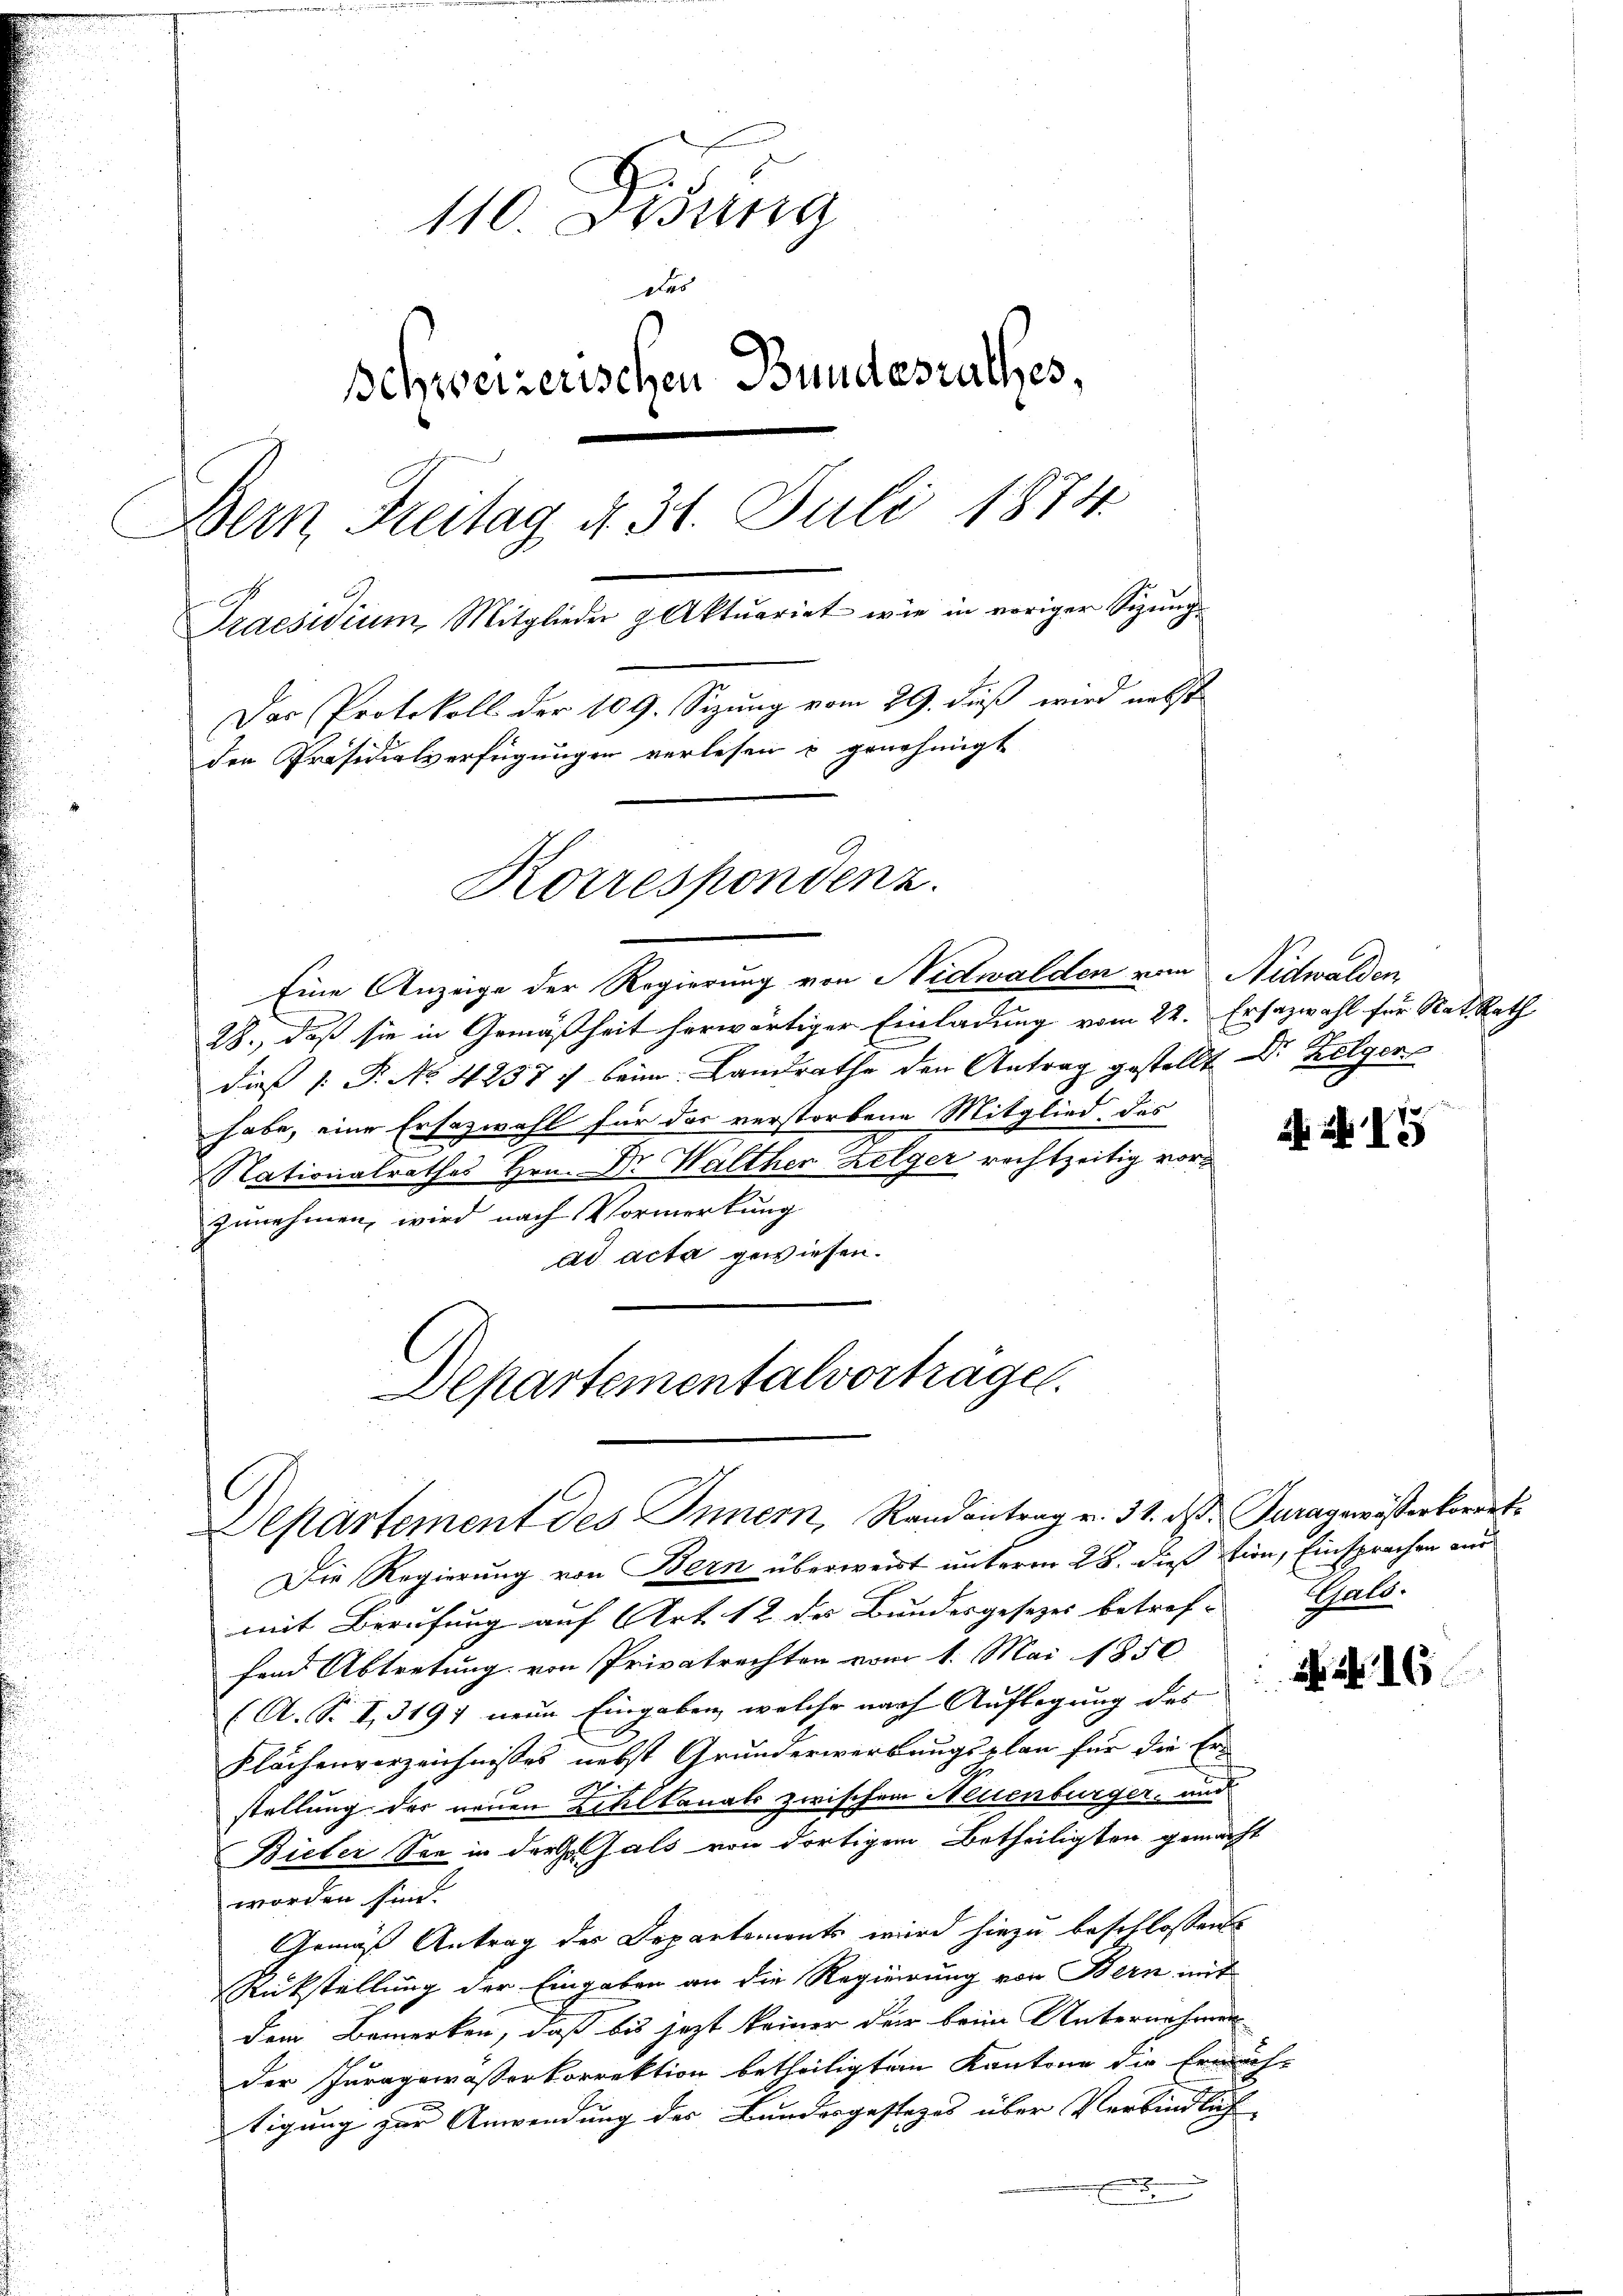
110. Didung
Das
Schweizerischen Bundesrathes,
Bern Freitag d. 31. Juli 1874
Praesidium, Mitglieder Aktuariat wie in voriger Sizung
Das Protokoll der 109. Sizung vom 29. dieß wird nebst
den Präsidialverfügungen verlesen u genehmigt
Korrespondenz.

Eine Anzeige der Regierung von Nidwalden von Nidwalden
28., daß sie in Gemäßheit herwärtiger Einladung vom 22. Ersazwahl für Rat. Rath
dieß P. No. 42577 beim Landrathe den Antrag gestellt Dr Zelger
habe, eine Ersazwahl für das verstorbene Mitglied des
Nationalrathes Hrn. Dr. Walther Zelger rechtzeitig vorzunehmen, wird nach Vormerkung
ad acta gewiesen.

Departementalverträge.
Separtement des Innern, Randantrag v. 31. d. Juragewösserkorret

Die Regierung von Bern überweist unterm 28. dieß tion, Einsprachen aus
mit Berufung auf Art. 12 des Bundesgesezes betref-
fend Abtretung von Privatrechten vom 1. Mai 1850
(A. S. I 3197 neue Eingaben, welche nach Auflegung der
Flächenverzeichnisses nebst Grunderwerbungsplan für die Er-
stellung der neuen Bialkanals zwischen Neuenburger- und
Bieter See in der fals von dortigen Betheiligten gemacht
worden sind.
Gemäß Antrag des Departements wird hiezu beschlossen
Rükstellung der Eingaben an die Regierung von Bern mit
dem Bemerken, daß bis jezt keiner der beim Unternehmen
der Juragewasserkorrektion betheiligten Kantone die Ermäch-
tigung zur Anwendung des Bundesgestezes über Verbindlich
.
u

Nr. 155

Hall.